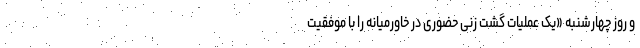
و روز چهارشنبه «یک عملیات گشت زنی حضوری در خاورمیانه را با موفقیت